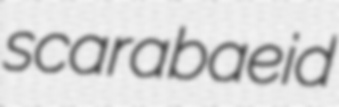
scarabaeid